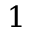
1